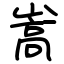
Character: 嵩